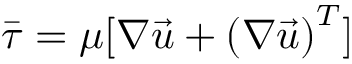
\bar { \tau } = \mu [ \nabla \vec { u } + { \left( \nabla \vec { u } \right) } ^ { T } ]